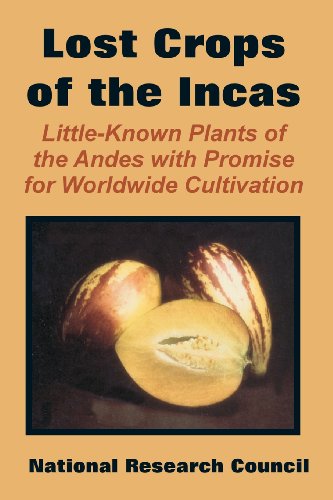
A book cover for The Lost Crops of the Incas: Little-Known Plants of the Andes with Promise for Worldwide Cultivation; Research Coun National Research Council; Science & Math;